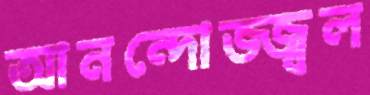
আনন্দোজ্জ্বল